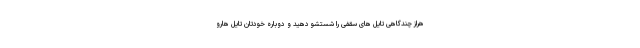
هراز چندگاهی تایل های سقفی را شستشو دهید و دوباره خودتان تایل هارو